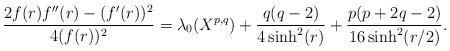
LaTeX: \begin{align*} \frac{2f(r)f''(r)-(f'(r))^2}{4(f(r))^2} = \lambda_0(X^{p,q})+ \frac{q(q-2)}{4\sinh^2(r)} + \frac{p(p+2q-2)}{16\sinh^2(r/2)}.\end{align*}